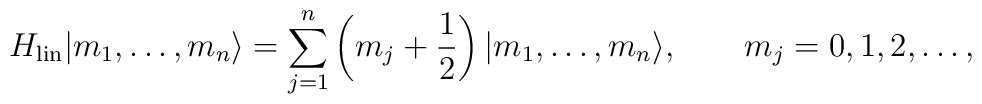
H_{\rm lin}|m_1,\ldots, m_n\rangle = \sum_{j=1}^n \left(m_j + {1\over 2}\right)|m_1,\ldots, m_n\rangle,\qquad m_j=0,1,2,\ldots,